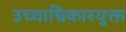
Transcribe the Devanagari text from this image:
उच्चाधिकारयुक्त